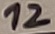
Text: 12